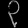
Digit: ၃